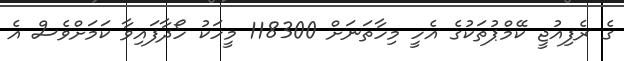
ގެ ރެފިއުޖީ ކޭމްޕުތަކުގެ އެހީ މިހާތަނަށް 118300 މީހަކު ހޯދާފައިވާ ކަމަށްވެސް އެ